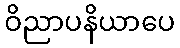
ဝိညာပနိယာပေ